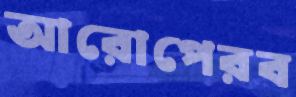
আরোপেরব